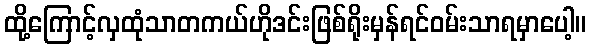
ထို့ကြောင့်လှထုံသာတကယ်ဟိုဒင်းဖြစ်ရိုးမှန်ရင်ဝမ်းသာရမှာပေါ့။